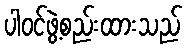
ပါဝင်ဖွဲ့စည်းထားသည်